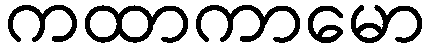
ကထာကာမော